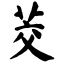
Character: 茭